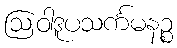
ဩဝါဒူပသင်္ကမနဉ္စ